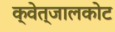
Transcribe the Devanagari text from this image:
क्वेत्जालकोट